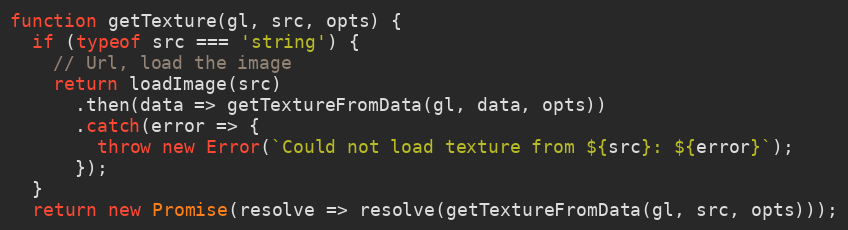
Language: JavaScript
function getTexture(gl, src, opts) {
  if (typeof src === 'string') {
    // Url, load the image
    return loadImage(src)
      .then(data => getTextureFromData(gl, data, opts))
      .catch(error => {
        throw new Error(`Could not load texture from ${src}: ${error}`);
      });
  }
  return new Promise(resolve => resolve(getTextureFromData(gl, src, opts)));